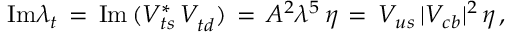
\mathrm { I m } \lambda _ { t } \, = \, \mathrm { I m } \, ( V _ { t s } ^ { * } \, V _ { t d } ^ { } ) \, = \, A ^ { 2 } \lambda ^ { 5 } \, \eta \, = \, V _ { u s } \, | V _ { c b } | ^ { 2 } \, \eta \, ,